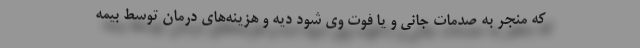
که منجر به صدمات جانی و یا فوت وی شود دیه و هزینه‌های درمان توسط بیمه